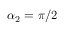
\alpha _ { 2 } = \pi / 2